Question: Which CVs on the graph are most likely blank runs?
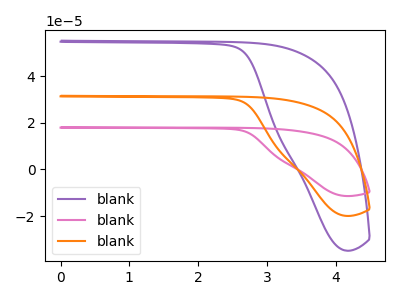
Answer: <think>The purple curve "blank1" has no peaks. The pink curve "blank2" has no peaks. The orange curve "blank3" has no peaks.</think>
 <answer>"blank1", "blank2" and "blank3" are likely to be blanks.</answer>
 <eval>"blank1", "blank2", "blank3"</eval>